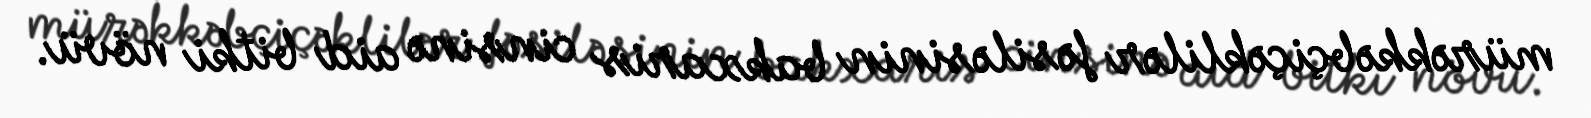
mürəkkəbçiçəklilər fəsiləsinin bakxaris cinsinə aid bitki növü.